Annual report of the Bengal Veterinary College and of the Civil Veterinary Department, Bengal, for the year 1908-1909 - 1908-1909
Year: 1908
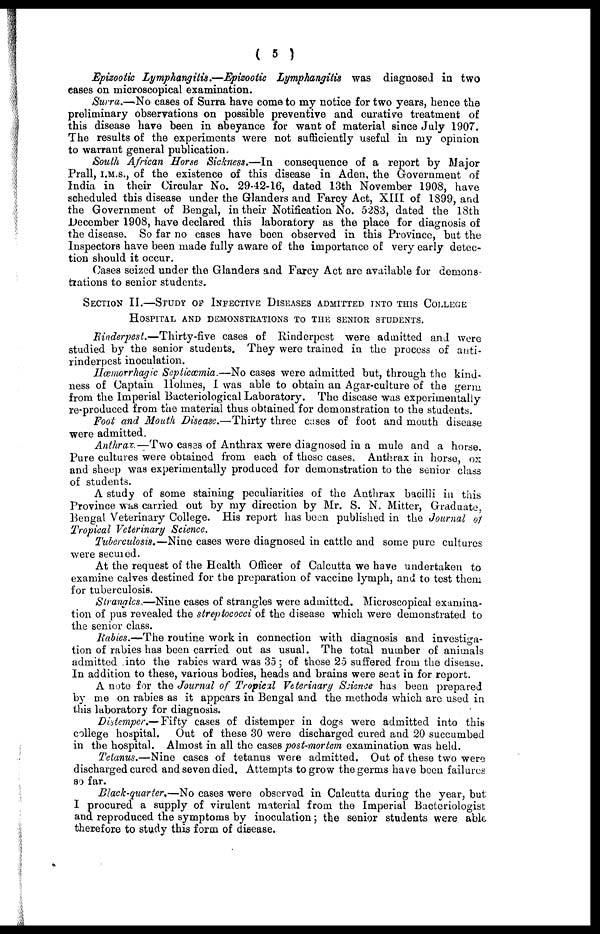
( 5 )
Epizootic Lymphangitis.—Epizootic
Lymphangitis was diagnosed in two
eases on microscopical examination.
Surra.—No cases of Surra have come to my notice for two years, hence the
preliminary observations on possible preventive and curative treatment of
this disease have been in abeyance for want of material since July 1907.
The results of the experiments were not sufficiently useful in my opinion
to warrant general publication.
South African Horse Sickness.—In
consequence of a report by Major
Prall, I.M.S., of the existence of this disease in Aden, the Government of
India in their Circular No. 29-42-16, dated 13th November 1908, have
scheduled this disease under the Glanders and Farcy Act, XIII of 1899, and
the Government of Bengal, in their Notification No. 5283, dated the 18th
December 1908, have declared this laboratory as the place for diagnosis of
the disease. So far no cases have boon observed in this Province, but the
Inspectors have been made fully aware of the importance of very early detec-
tion should it occur.
Oases seized under the Glanders and Farcy Act are available for demons-
trations to senior students.
SECTION II.—STUDY OF INFECTIVE DISEASES ADMITTED INTO THIS COLLEGE
HOSPITAL AND DEMONSTRATION TO THE SENIOR STUDENTS.
Binderpest.—Thirty-five
cases of Rinderpest were admitted and were
studied by the senior students. They were trained in the process of anti-
rinderpest inoculation.
Hæemorrhagic Septiæmia.—No cases were admitted but, through the kind-
ness of Captain Holmes, I was able to obtain an Agar-culture of the germ
from the Imperial Bacteriological Laboratory. The disease was experimentally
reproduced from the material thus obtained for demonstration to the students.
Foot and Mouth Disease.—Thirty three cases of foot and mouth disease
were admitted.
Anthrax.—Two
cases of Anthrax were diagnosed in a mule and a horse.
Pure cultures were obtained from each of these cases. Anthrax in horse, ox
and sheep was experimentally produced for demonstration to the senior class
of students.
A study of some staining peculiarities of the Anthrax bacilli in this
Province was carried out by my direction by Mr. S. N. Mitter, Graduate,
Bengal Veterinary College. His report has been published in the Journal of
Tropical Veterinary Science.
Tuberculosis.—Nine cases were diagnosed in cattle and some pure cultures
were seeured.
At the request of the Health Officer of Calcutta we have undertaken to
examine calves destined for the preparation of vaccine lymph, and to test them
for tuberculosis.
Strangles..—Nine cases of strangles were admitted. Microscopical examina-
tion of pus revealed the streptococci of the disease which were demonstrated to
the senior class.
Rabies.—The routine work in connection with diagnosis and investiga-
tion of rabies has been carried out as usual. The total number of animals
admitted into the rabies ward was 35; of these 25 suffered from the disease.
In addition to these, various bodies, heads and brains were seat in for report.
A note for the Journal of Tropical Veterinary Science has been prepared
by me on rabies as it appears in Bengal and the methods which are used in
this laboratory for diagnosis.
Distemper.— Fifty cases of distemper in dogs were admitted into this
college hospital.
Out of these 30 were discharged cured and 20 succumbed
in the hospital. Almost in all the cases post-mortem examination was held.
Tetanus.—Nine cases of tetanus were admitted. Out of these two were
discharged cured and seven died. Attempts to grow the germs have been failures
so far.
Black-quarter.—No cases were observed in Calcutta during the year, but
I procured a supply of virulent material from the Imperial Bacteriologist
and reproduced the symptoms by inoculation; the senior students were able
therefore to study this form of disease.